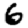
Digit: 6